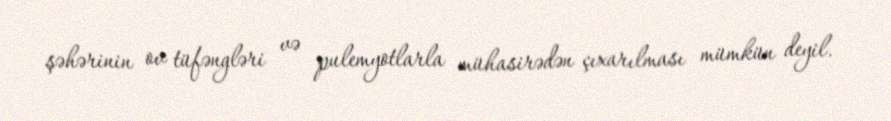
şəhərinin ov tüfəngləri və pulemyotlarla mühasirədən çıxarılması mümkün deyil.